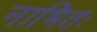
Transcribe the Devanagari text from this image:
नाभितः